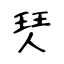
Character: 珡